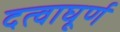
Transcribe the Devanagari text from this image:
दत्वाघूर्ण